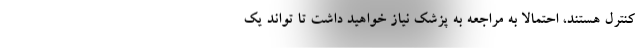
کنترل هستند، احتمالا به مراجعه به پزشک نیاز خواهید داشت تا تواند یک